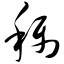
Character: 称